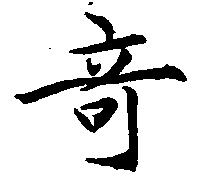
竒